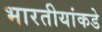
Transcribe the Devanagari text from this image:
भारतीयांकडे